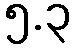
၅.၃